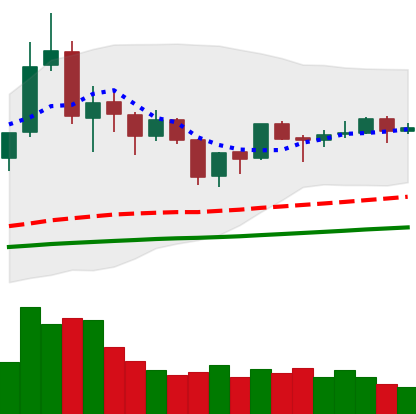
Ticker: TRX-USD
Chart end date: 2019-06-19
Forward return: 15.209%
Label: up_7plus